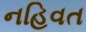
નહિવત